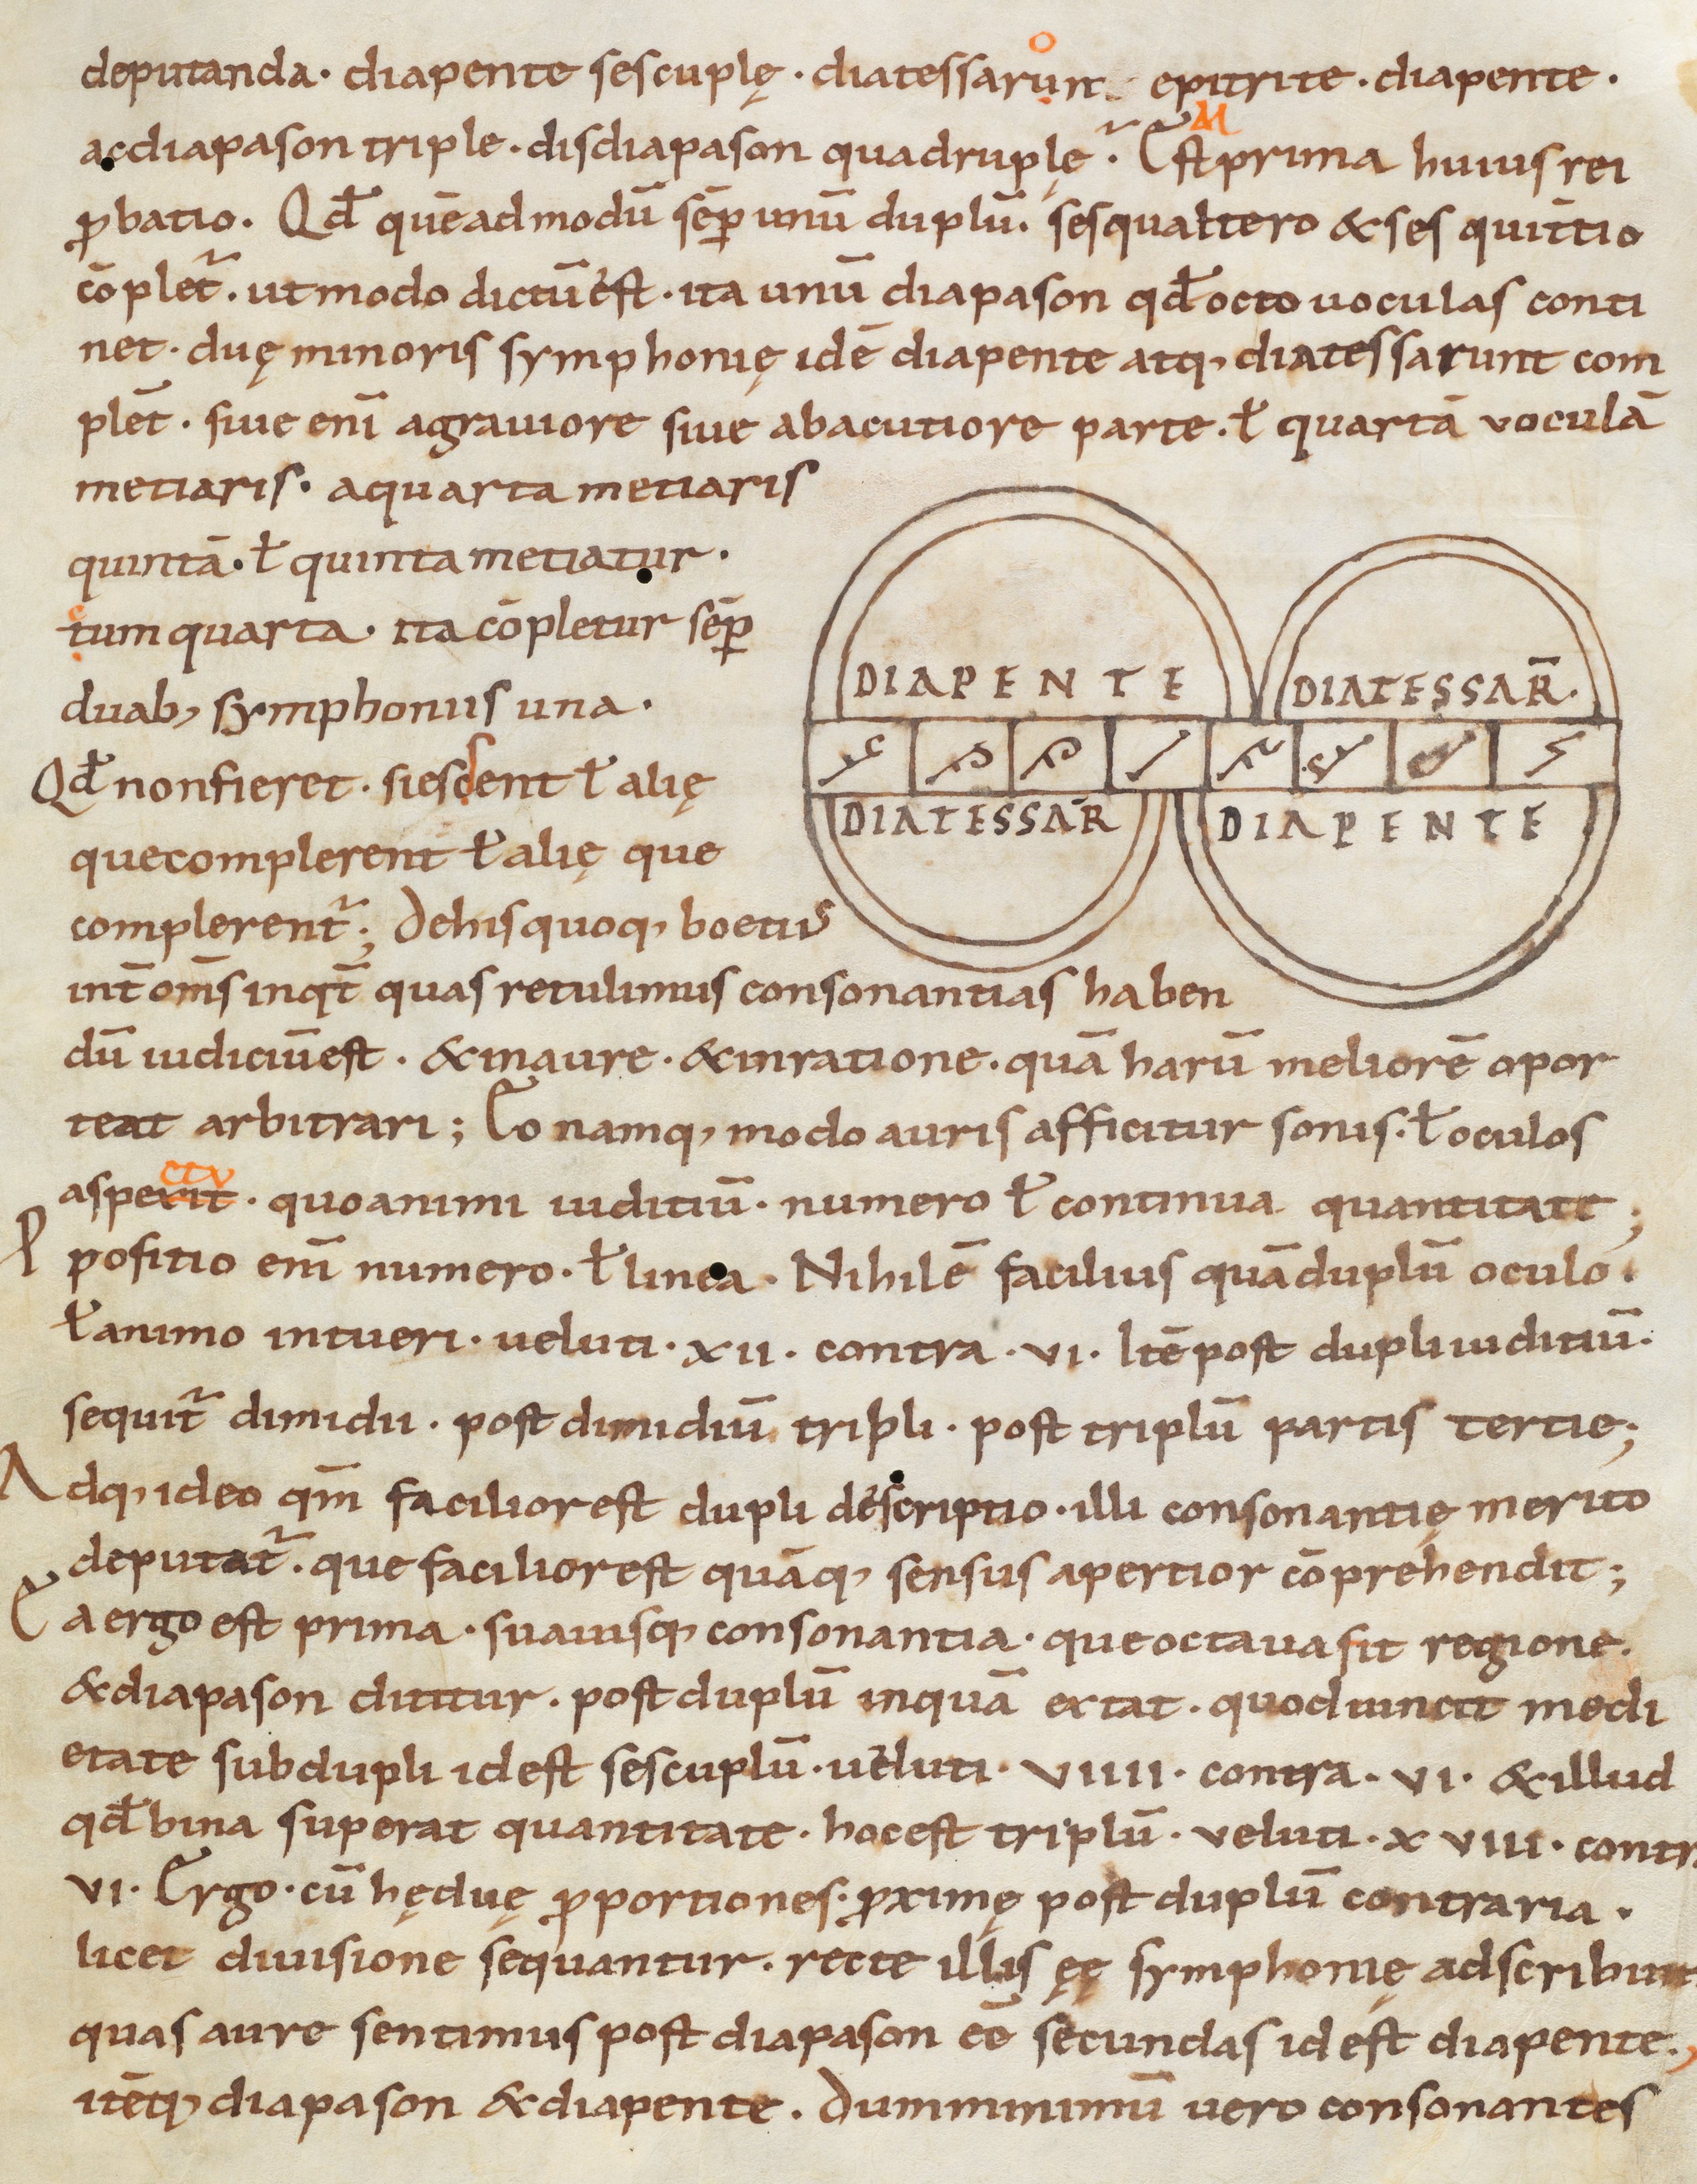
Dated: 975–999